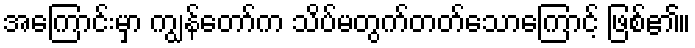
အကြောင်းမှာ ကျွန်တော်က သိပ်မတွက်တတ်သောကြောင့် ဖြစ်၏။